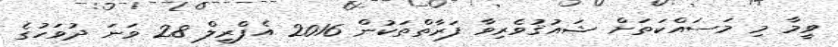
ވީމާ މި މަސައްކަތަށް ޝައުޤުވެރިވާ ފަރާތްތަކުން 2016 އެޕްރީލް 28 ވަނަ ދުވަހުގެ